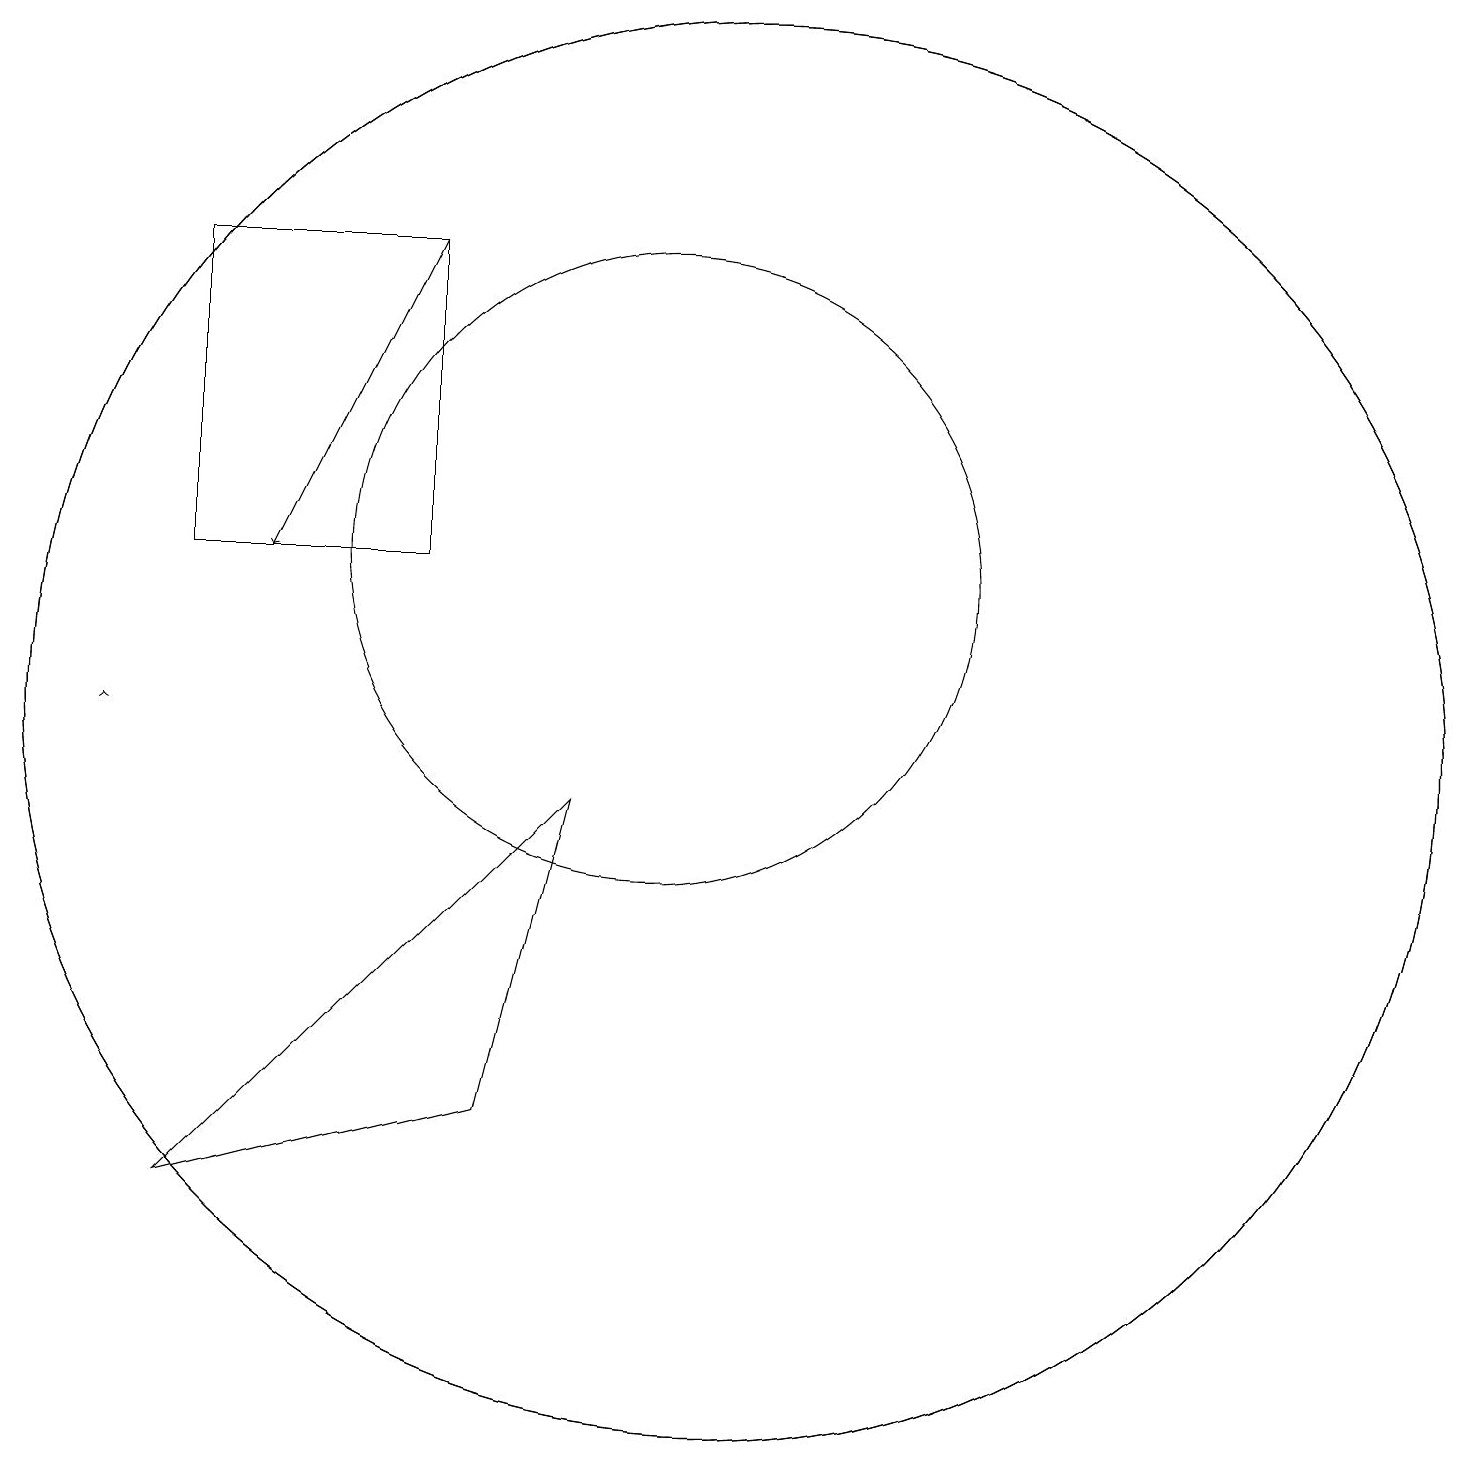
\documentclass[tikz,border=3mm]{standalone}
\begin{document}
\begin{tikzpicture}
\draw (11,10) circle (9);
\draw (10,12) circle (4);
\draw[->] (3,10) -- (3,10);
\draw (11,10) circle (9);
\draw (4,4) -- (9,9) -- (8,5) -- cycle;
\draw[->] (7,16) -- (5,12);
\draw (4,16) rectangle (7,12);
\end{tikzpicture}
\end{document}